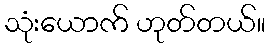
သုံးယောက် ဟုတ်တယ်။